Ranna_vallavalitsus, lk 17
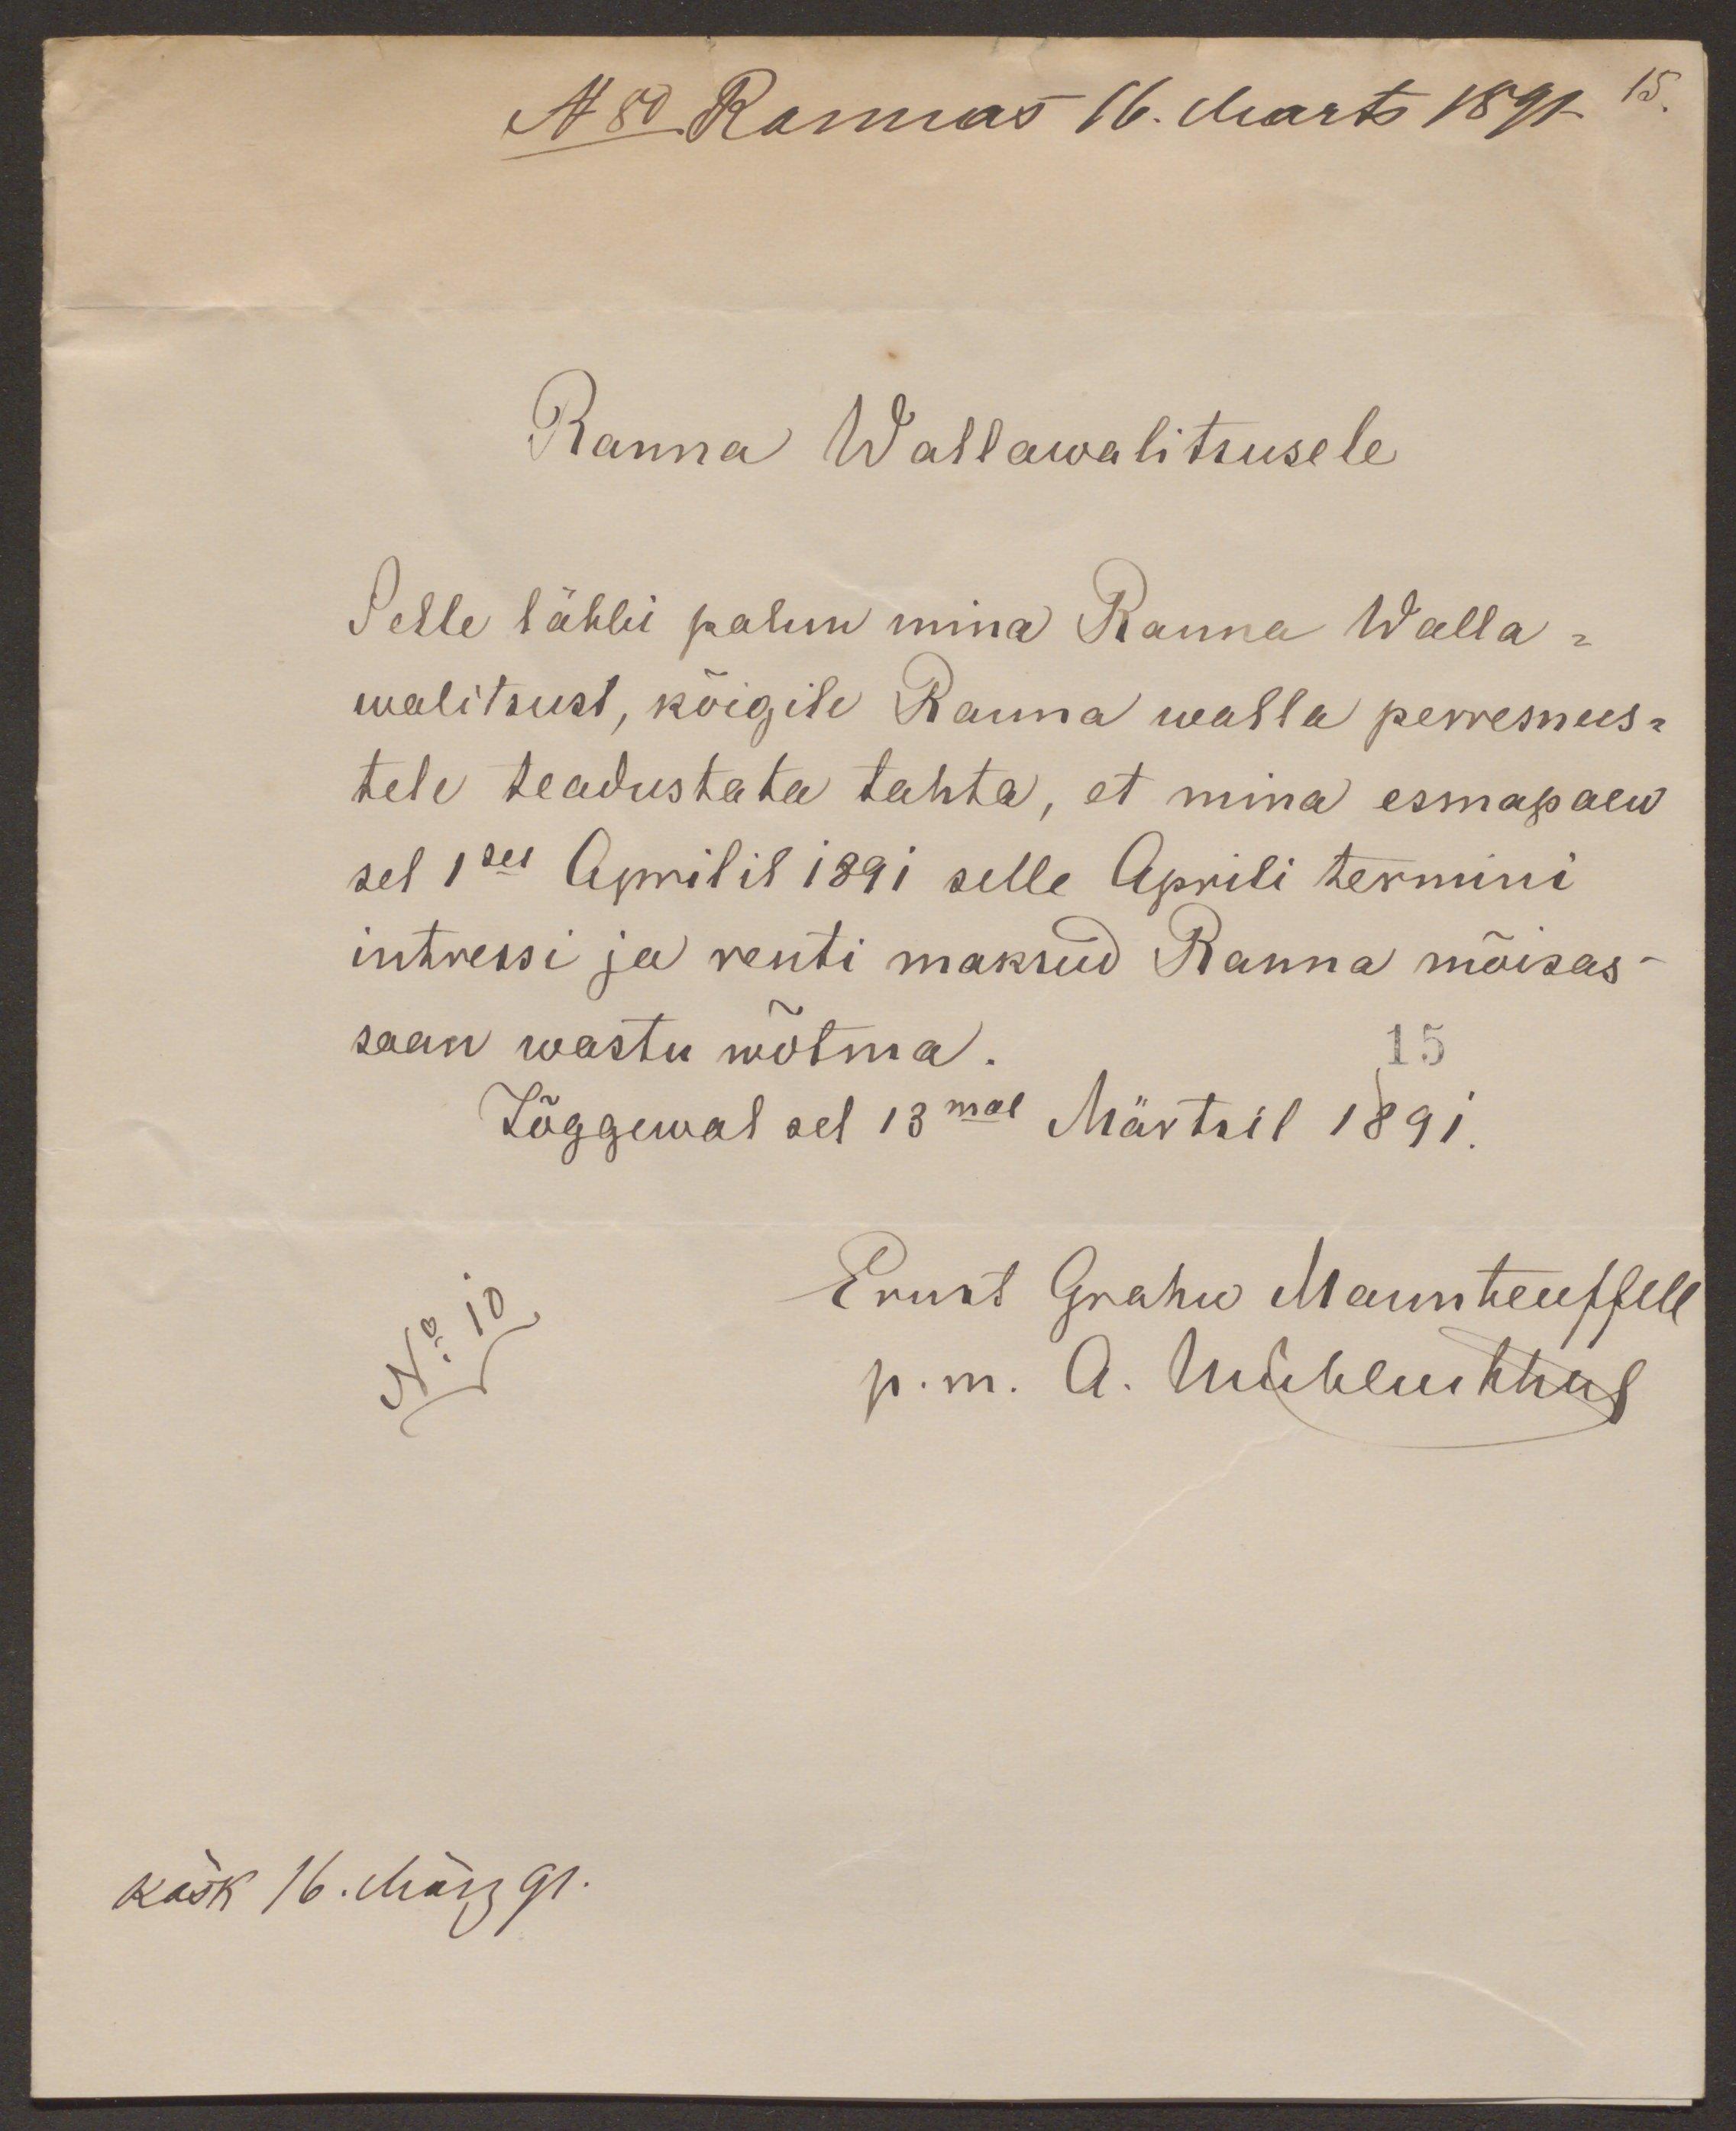
N80 Rannas 16. Marts 1891. 15.
Ranna Wallawalitsusele
Selle läbbi palun mina Ranna Walla-
walitsust, kõigile Ranna walla perremees-
tele teadustata tahta, et mina esmapäew
sel 1sel Aprilil 1891 selle Aprili termini
intressi ja renti maksud Ranna mõisas-
saan wastu wõtma
15
Iõggewal sel 13mal Märtsil 1891.
No 10
Ernst Grahw Maunteuffell
p. m. A. Мевесистия
käsk 16. März 91.